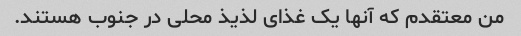
من معتقدم که آنها یک غذای لذیذ محلی در جنوب هستند.